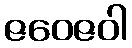
ဇဝေဇဝါ